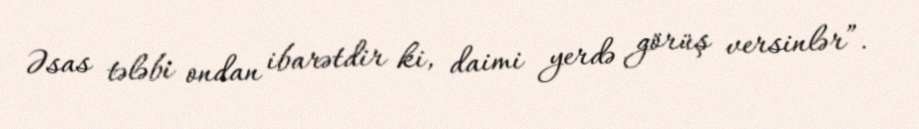
Əsas tələbi ondan ibarətdir ki, daimi yerdə görüş versinlər”.